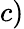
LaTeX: c)